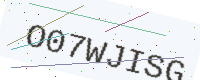
Text: O07WJISG